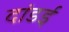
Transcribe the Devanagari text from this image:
दांडई